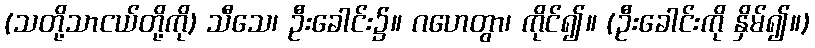
(သတို့သာငယ်တို့ကို) သီသေ၊ ဦးခေါင်း၌။ ဂဟေတွာ၊ ကိုင်၍။ (ဦးခေါင်းကို နှိမ်၍။)